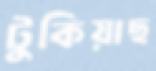
টুকিয়াছ